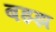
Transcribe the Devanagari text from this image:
बझ्झ